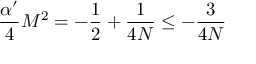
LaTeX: \frac { \alpha ^ { \prime } } 4 M ^ { 2 } = - \frac 1 2 + \frac 1 { 4 N } \le - \frac 3 { 4 N }